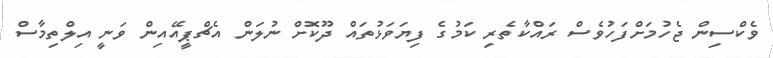
ވެކްސިން ޖެހުމަށްފަހުވެސް ރައްކާތެރި ކަމުގެ ފިޔަވަޅުތައް ދޫކޮށް ނުލަން އެޗްޕީއޭއިން ވަނީ އިލްތިމާސް